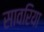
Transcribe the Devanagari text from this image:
सावरिया